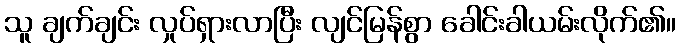
သူ ချက်ချင်း လှုပ်ရှားလာပြီး လျင်မြန်စွာ ခေါင်းခါယမ်းလိုက်၏။